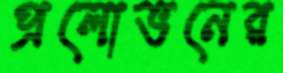
প্রলোভনের